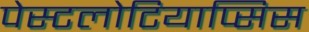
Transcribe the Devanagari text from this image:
पेस्टलोटियाप्सिस